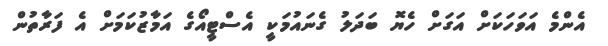
އެންމެ އަވަހަކަށް އަގަށް ހެޔޮ ބަދަލު ގެނައުމަކީ އެސްޓީއޯގެ އަމާޒުކަމަށް އެ ފަރާތުން